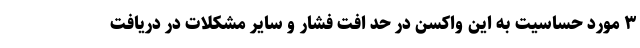
۳ مورد حساسیت به این واکسن در حد افت فشار و سایر مشکلات در دریافت